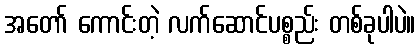
အတော် ကောင်းတဲ့ လက်ဆောင်ပစ္စည်း တစ်ခုပါပဲ။